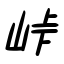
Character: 峠